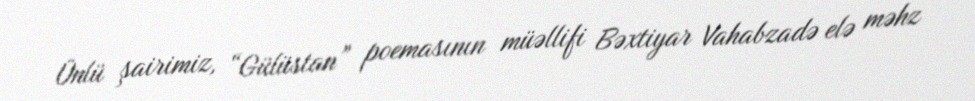
Ünlü şairimiz, “Gülüstan” poemasının müəllifi Bəxtiyar Vahabzadə elə məhz